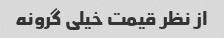
از نظر قیمت خیلی گرونه